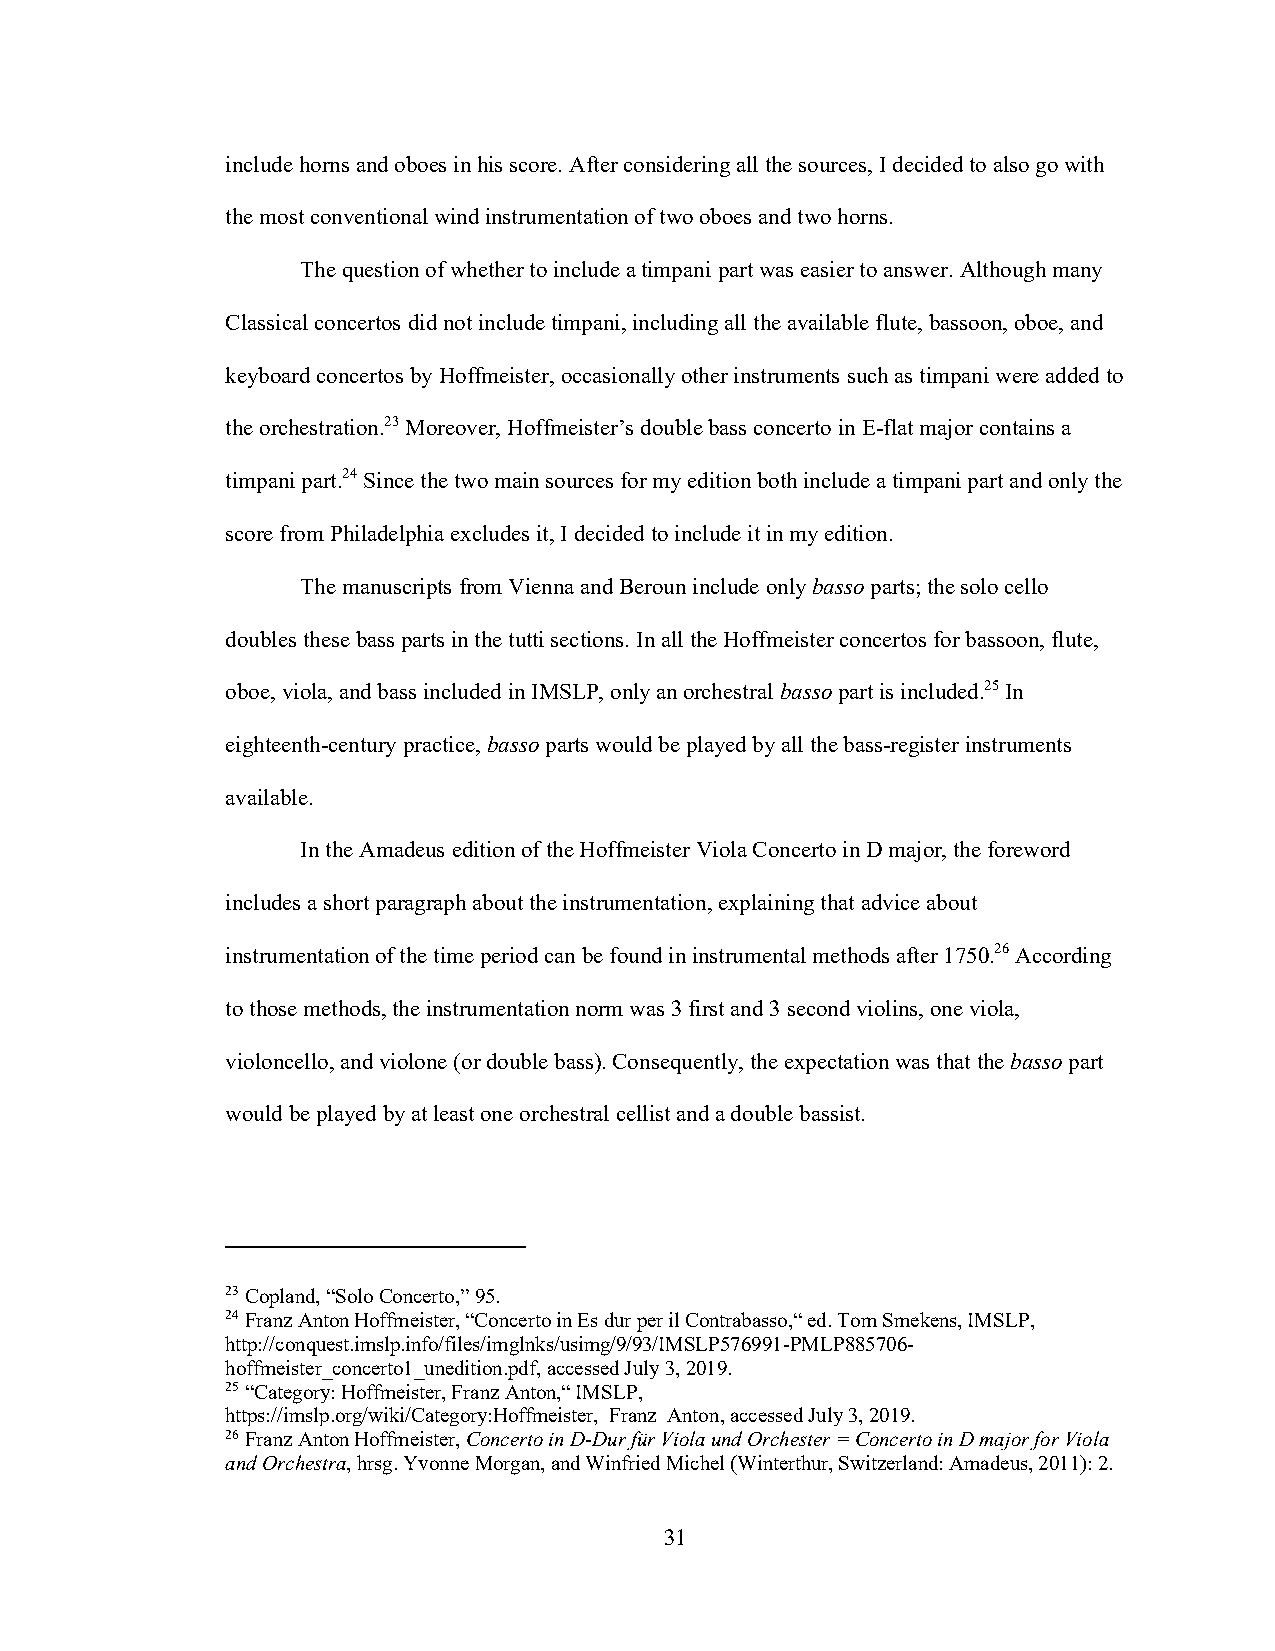
include horns and oboes in his score. After considering all the sources, I decided to also go with
 the most conventional wind instrumentation of two oboes and two horns.
 The question of whether to include a timpani part was easier to answer. Although many
 Classical concertos did not include timpani, including all the available flute, bassoon, oboe, and
 keyboard concertos by Hoffmeister, occasionally other instruments such as timpani were added to
 the orchestration.23 Moreover, Hoffmeister’s double bass concerto in E-flat major contains a
 timpani part.24 Since the two main sources for my edition both include a timpani part and only the
 score from Philadelphia excludes it, I decided to include it in my edition.
 The manuscripts from Vienna and Beroun include only basso parts; the solo cello
 doubles these bass parts in the tutti sections. In all the Hoffmeister concertos for bassoon, flute,
 oboe, viola, and bass included in IMSLP, only an orchestral basso part is included.25 In
 eighteenth-century practice, basso parts would be played by all the bass-register instruments
 available.
 In the Amadeus edition of the Hoffmeister Viola Concerto in D major, the foreword
 includes a short paragraph about the instrumentation, explaining that advice about
 instrumentation of the time period can be found in instrumental methods after 1750.26 According
 to those methods, the instrumentation norm was 3 first and 3 second violins, one viola,
 violoncello, and violone (or double bass). Consequently, the expectation was that the basso part
 would be played by at least one orchestral cellist and a double bassist.
 23 Copland, “Solo Concerto,” 95.
 24 Franz Anton Hoffmeister, “Concerto in Es dur per il Contrabasso,“ ed. Tom Smekens, IMSLP,
 http://conquest.imslp.info/files/imglnks/usimg/9/93/IMSLP576991-PMLP885706-
 hoffmeister_concerto1_unedition.pdf, accessed July 3, 2019.
 25 “Category: Hoffmeister, Franz Anton,“ IMSLP,
 https://imslp.org/wiki/Category:Hoffmeister,_Franz_Anton, accessed July 3, 2019.
 26 Franz Anton Hoffmeister, Concerto in D-Dur für Viola und Orchester = Concerto in D major for Viola
 and Orchestra, hrsg. Yvonne Morgan, and Winfried Michel (Winterthur, Switzerland: Amadeus, 2011): 2.
 31